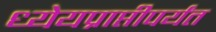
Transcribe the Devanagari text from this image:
ध्येयप्राप्तीपर्यंत